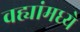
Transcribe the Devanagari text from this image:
वह्यांमध्ये